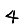
Digit: 4